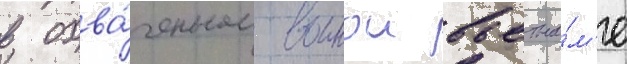
в охва́ченном воинои вьетна́м'е